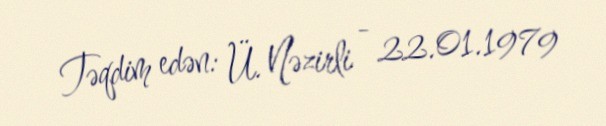
Təqdim edən: Ü. Nəzirli - 22.01.1979